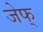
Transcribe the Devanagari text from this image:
जेफ्